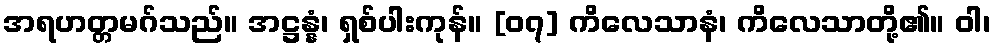
အရဟတ္တမဂ်သည်။ အဋ္ဌန္နံ၊ ရှစ်ပါးကုန်။ [၀၇] ကိလေသာနံ၊ ကိလေသာတို့၏။ ဝါ၊